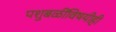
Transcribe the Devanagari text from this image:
पशुबळींविषयीही